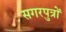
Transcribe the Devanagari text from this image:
सगरपुत्रों